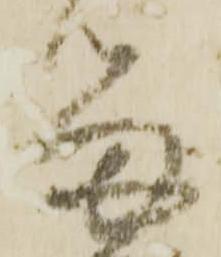
留